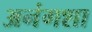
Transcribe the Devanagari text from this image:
अनंगशा